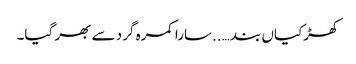
کھڑکیاں بند …..سارا کمرہ گرد سے بھر گیا۔